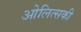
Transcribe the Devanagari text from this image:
ओलित्सकी